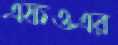
এফওএর